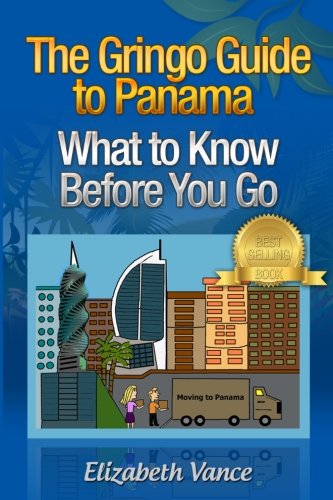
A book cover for The Gringo Guide to Panama -  What to Know Before You Go; Elizabeth Vance; Travel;